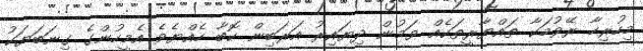
މިހުރިހާ ރޭވުމަކާ ތައްޔާރީތަކެއް ވަމުން ދިޔައިރު އަރަބިން ކޮބާ ހެއްޔެވެ އެމީހުންގެ ގިނަބަޔަކު